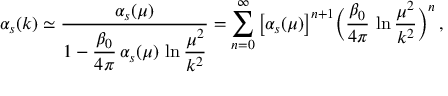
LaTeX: \alpha _ { s } ( k ) \simeq { \frac { \alpha _ { s } ( \mu ) } { \displaystyle 1 - { \frac { \beta _ { 0 } } { 4 \pi } } \, \alpha _ { s } ( \mu ) \, \ln { \frac { \mu ^ { 2 } } { k ^ { 2 } } } } } = \sum _ { n = 0 } ^ { \infty } \big [ \alpha _ { s } ( \mu ) \big ] ^ { n + 1 } \bigg ( { \frac { \beta _ { 0 } } { 4 \pi } } \, \ln { \frac { \mu ^ { 2 } } { k ^ { 2 } } } \bigg ) ^ { n } \, ,